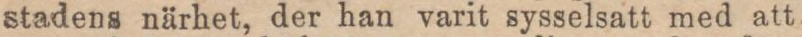
stadens närhet, der han varit sysselsatt med att